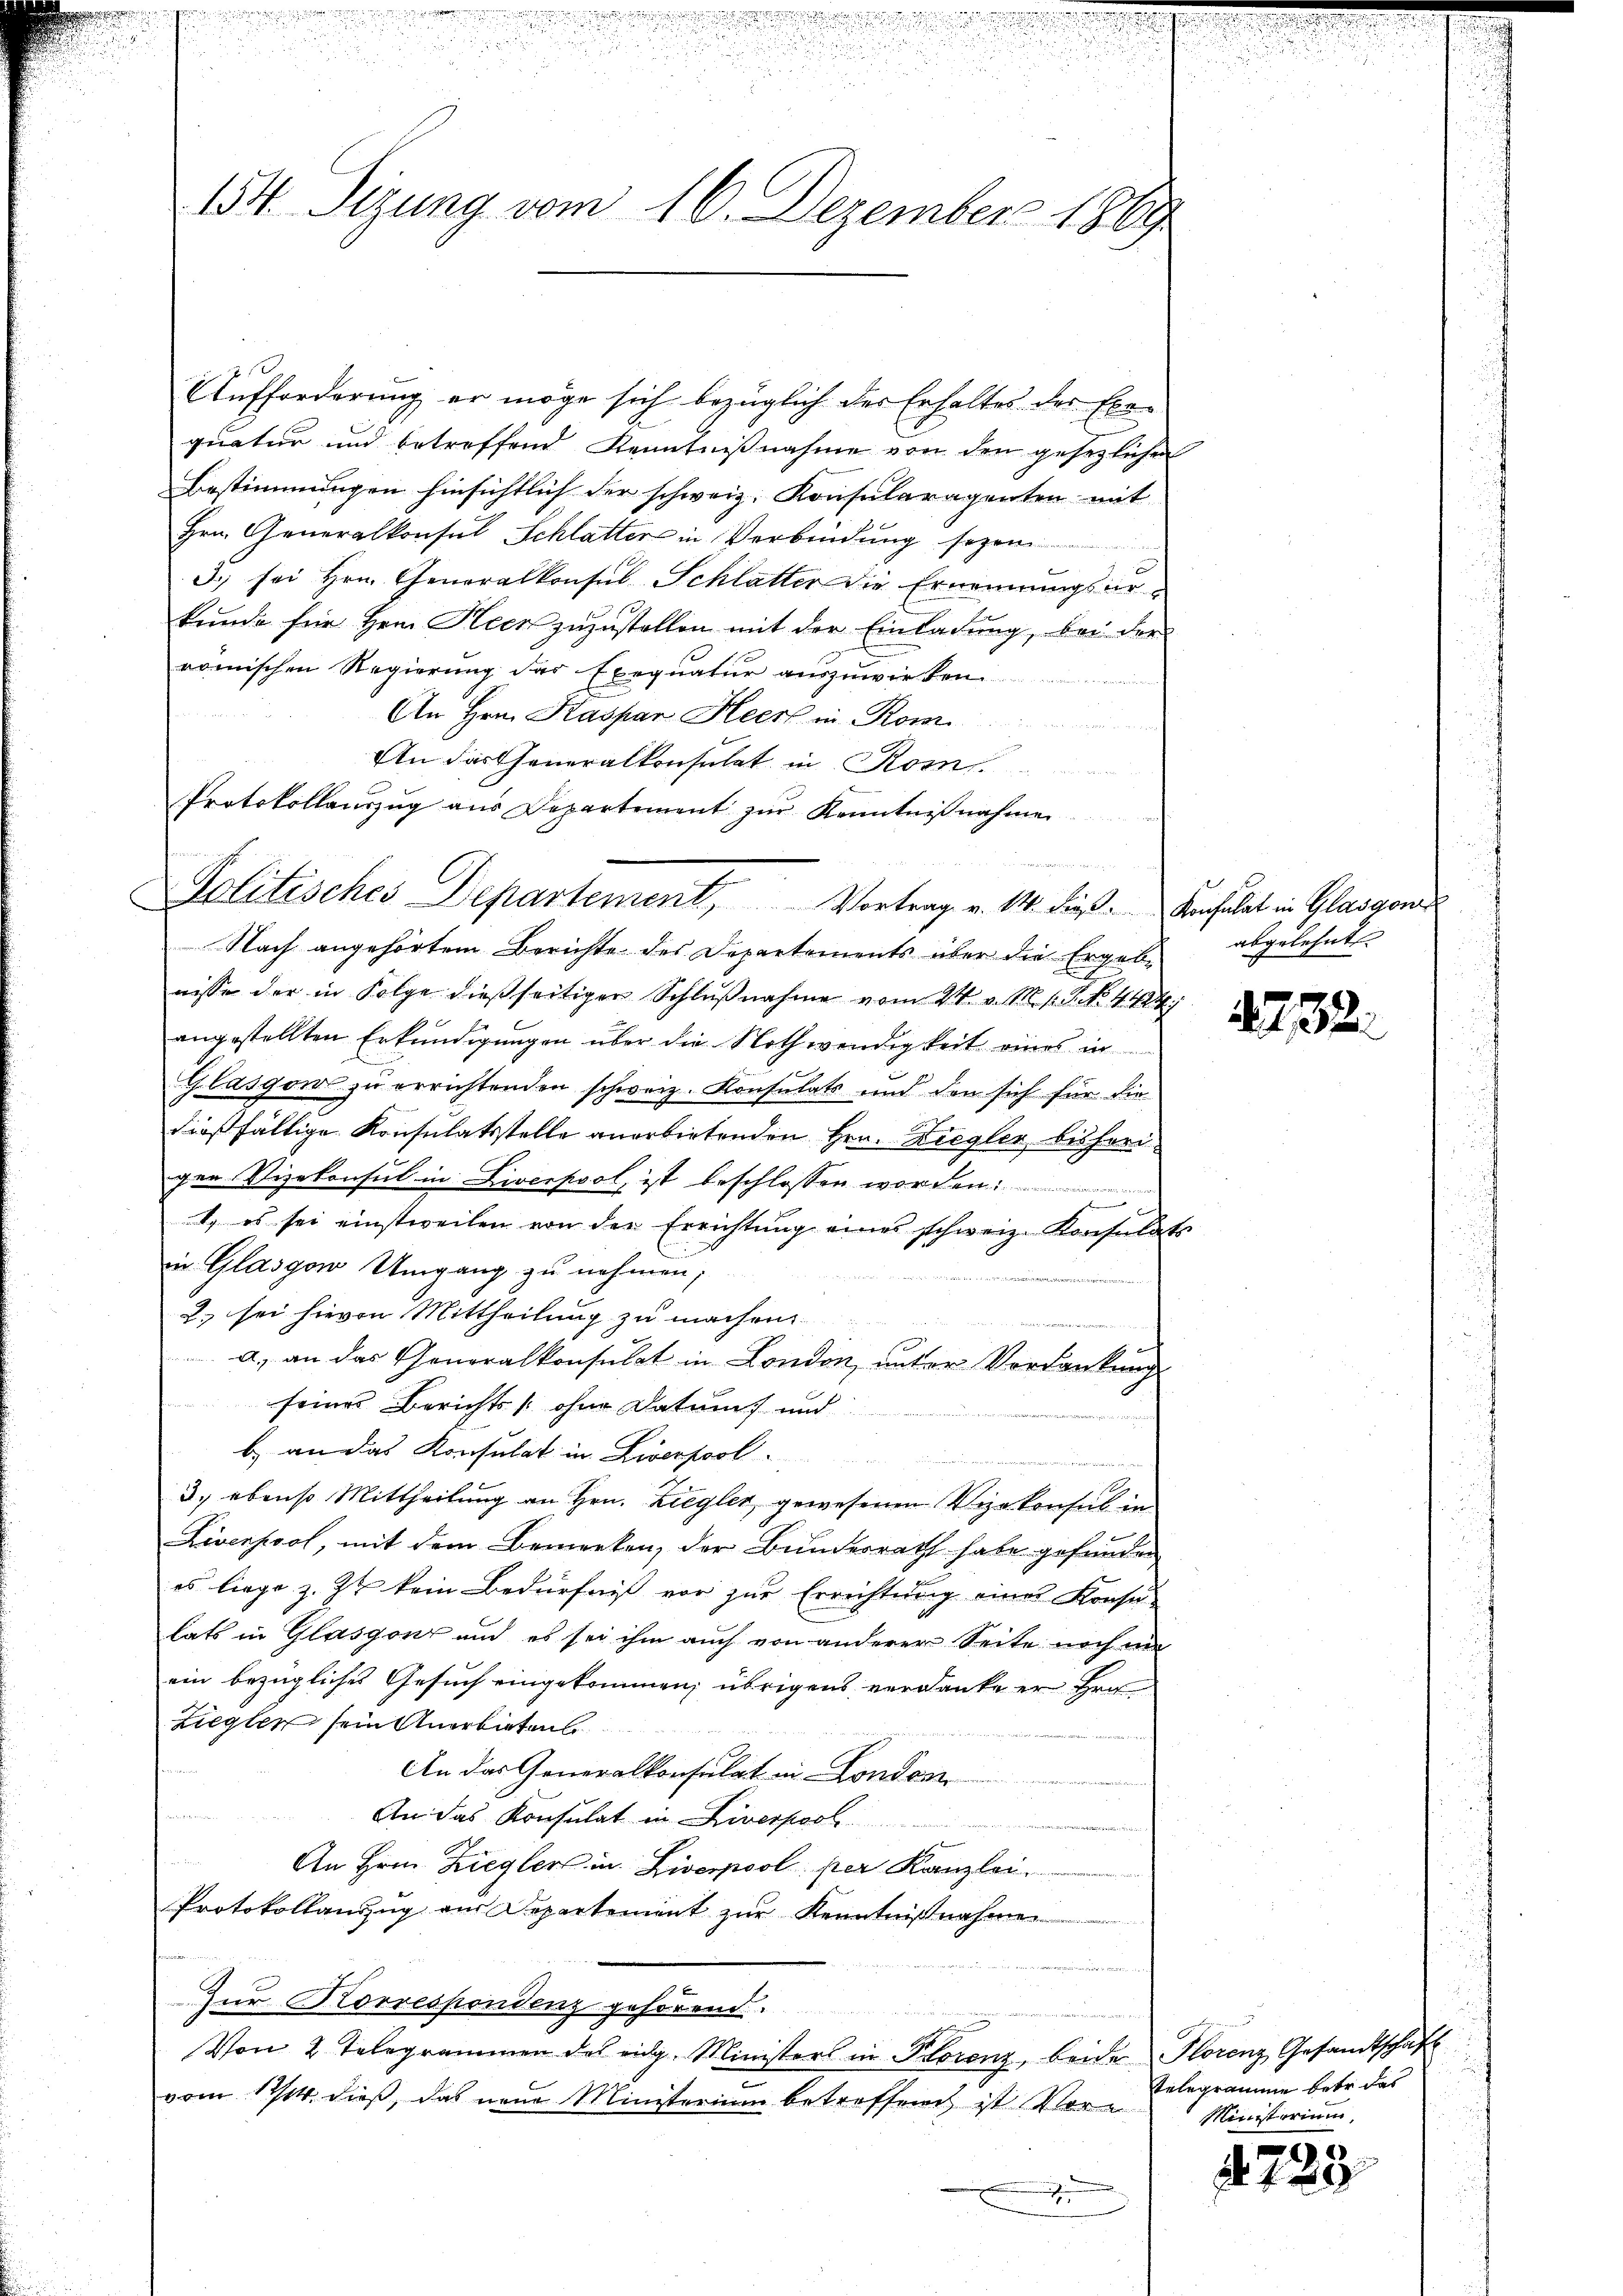
154. Sizung vom 16. Dezember 1869

Aufforderung er möge sich bezüglich der Erhaltes der Exequatur und betreffend Kenntnißnahme von den gesetzlichen
Bestimmungen hinsichtlich der schweiz. Konsularagenten mit
Hrn. Generalkonsul Schlatter in Verbindung sezen
3. sei Hrn. Generalkonsul Schlatter die Ernennungsarkunde für Herrn Heer zuzustellen mit der Einladung, bei der
romischen Regierung des Exequatur auszuwirken
An Hrn. Kaspar Heer in Rom
h
An das Generalkonsulat in Rom.
Protokollauszug aus Departement zur Kenntnißnahmen

Politisches Departement, Vortrag v. M. diese Ansalat in Glasgones
Nach angehörtem Berichte des Departements über die Ergebe abgelehnt

nisse der in Folge dießseitiger Schlußnahme vom 24. v. M. v. P. Nr. 4424
angestellten Erkundigungen über die Nothwendigkeit eines in
Glasgor zu errichtenden schweiz. Konsulats und den sich für die
dießfällige Konsulatsstelle anerbietenden Hrn. Ziegler bisherigen Vizekonsul in Liverpool, ist beschlossen worden
1. es sei einstweilen von der Errichtung eines schweiz. Konsulat
in Glasgow Umgang zu nehmen;
2. sei hievon Mittheilung zu machen
A., an das Generalkonsulat in London, unter Vordankung
seines Berichts (ohne Datums und
b) an das Konsulat in Liverpool
3., ebenso Mittheilung an Hrn. Ziegler, gewesenen Vizekonsul in
Liverpool, mit dem Bemerken, der Bundesrath habe gefunden
es liege z. Zt kein Bedürfniß vor zur Errichtung einer Konsulats in Glasgonz und es sei ihm auch von anderer Seite noch ni
ein bezügliches Gesuch eingekommen, übrigens verdanke er Hrn
Ziegler sein Anerbieten
An das Generalkonsulat in London
u
An das Konsulat in Liverpool
An Hrn. Zieglers in Liverpool per Kanzlei.
Protokollanzug am Departement zŭr Kenntnißnahmen
Zur Korrespondenz gehörend.
¬
Von 2 Telegrammen des eidg. Ministers in Florenz, beide Florenz Gesandtschaft
vom 17/14. dieß, das neue Ministerium betreffend ist Vore
ischen

t

232.

Telegramme betr. das
Ministerium

§ 723